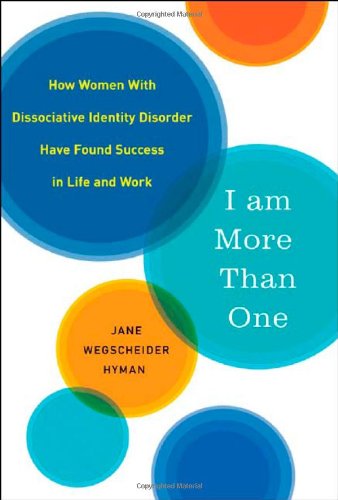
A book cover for I Am More Than One: How Women with Dissociative Identity Disorder Have Found Success in Life and Work; Jane Hyman; Health, Fitness & Dieting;